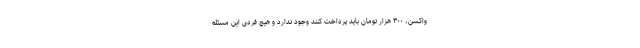
واکسن، ۳۰۰ هزار تومان باید پرداخت کنند وجود ندارد و هیچ فردی این مسئله